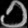
Digit: ၁